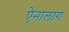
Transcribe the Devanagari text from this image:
ऐनालाग